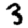
Digit: 3